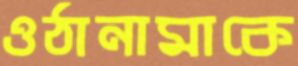
ওঠানামাকে